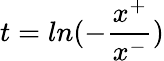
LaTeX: t=ln(-\frac{x^{+}}{x^{-}})